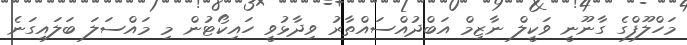
މަހްލޫފްގެ ގާނޫނީ ވަކީލް ނާޒިމް އަބްދުއްސައްތާރު ވިދާޅުވީ ހައިކޯޓުން މި މައްސަލަ ބަލައިގަނެ